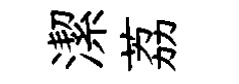
潔荔